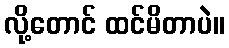
လို့တောင် ထင်မိတာပဲ။